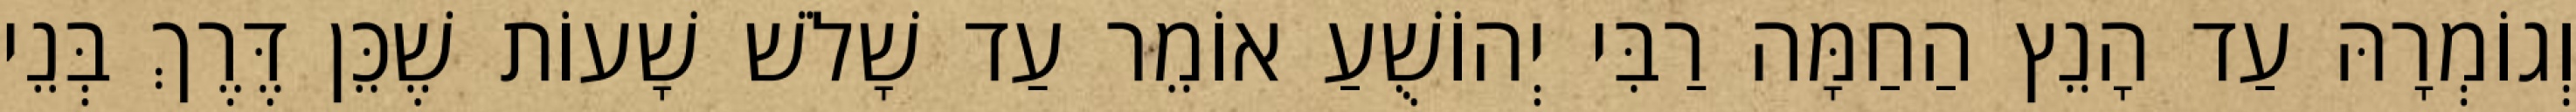
וְגוֹמְרָהּ עַד הָנֵץ הַחַמָּה רַבִּי יְהוֹשֻׁעַ אוֹמֵר עַד שָׁלֹשׁ שָׁעוֹת שֶׁכֵּן דֶּרֶךְ בְּנֵי